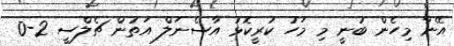
އޭނާ މިހެން ބުނީ މި މަހު ކުރީކޮޅު އާސެނަލް އަތުން ޗެލްސީ 2-0